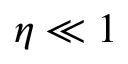
\eta \ll 1